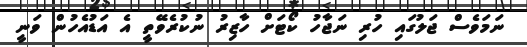
ނަމަވެސް ޖަލުގައި ހުރި ނަޖާހު ކޯޓަށް ހާޒިރު ނުކުރެވޭތީ އެ އަޑުއެހުން ވަނީ